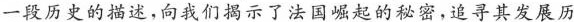
一段历史的描述，向我们揭示了法国崛起的秘密，追寻其发展历